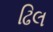
ઢિલ